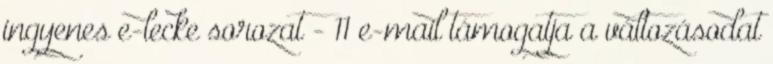
ingyenes e-lecke sorozat - 11 e-mail támogatja a változásodat